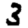
Digit: 3